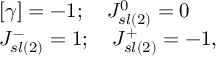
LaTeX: \begin{array} { l c r } { { \lbrack \gamma \rbrack = - 1 ; \quad J _ { s l ( 2 ) } ^ { 0 } = 0 } } \\ { { J _ { s l ( 2 ) } ^ { - } = 1 ; \quad J _ { s l ( 2 ) } ^ { + } = - 1 , } } \end{array}